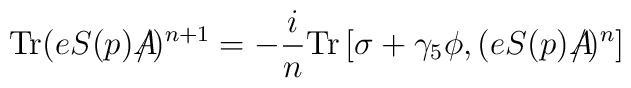
{\rm Tr}(eS(p)A\!\!\!\!\slash)^{n+1} = -{i\over n}{\rm Tr}\left[\sigma +  \gamma_{5}\phi , (eS(p)A\!\!\!\!\slash)^{n}\right]